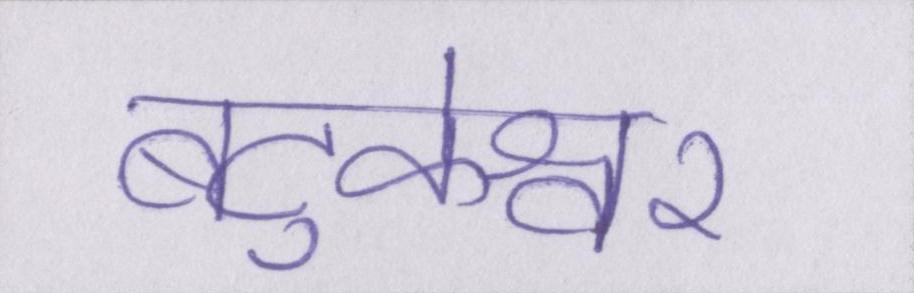
बटुकेश्वर